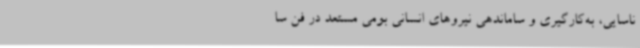
ناسایی، به‌کارگیری و ساماندهی نیروهای انسانی بومی ‌مستعد در فن سا